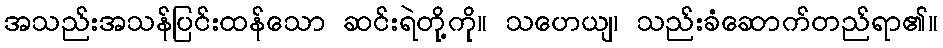
အသည်းအသန်ပြင်းထန်သော ဆင်းရဲတို့ကို။ သဟေယျ၊ သည်းခံဆောက်တည်ရာ၏။